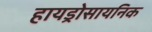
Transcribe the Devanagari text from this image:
हायड्रोसायनिक